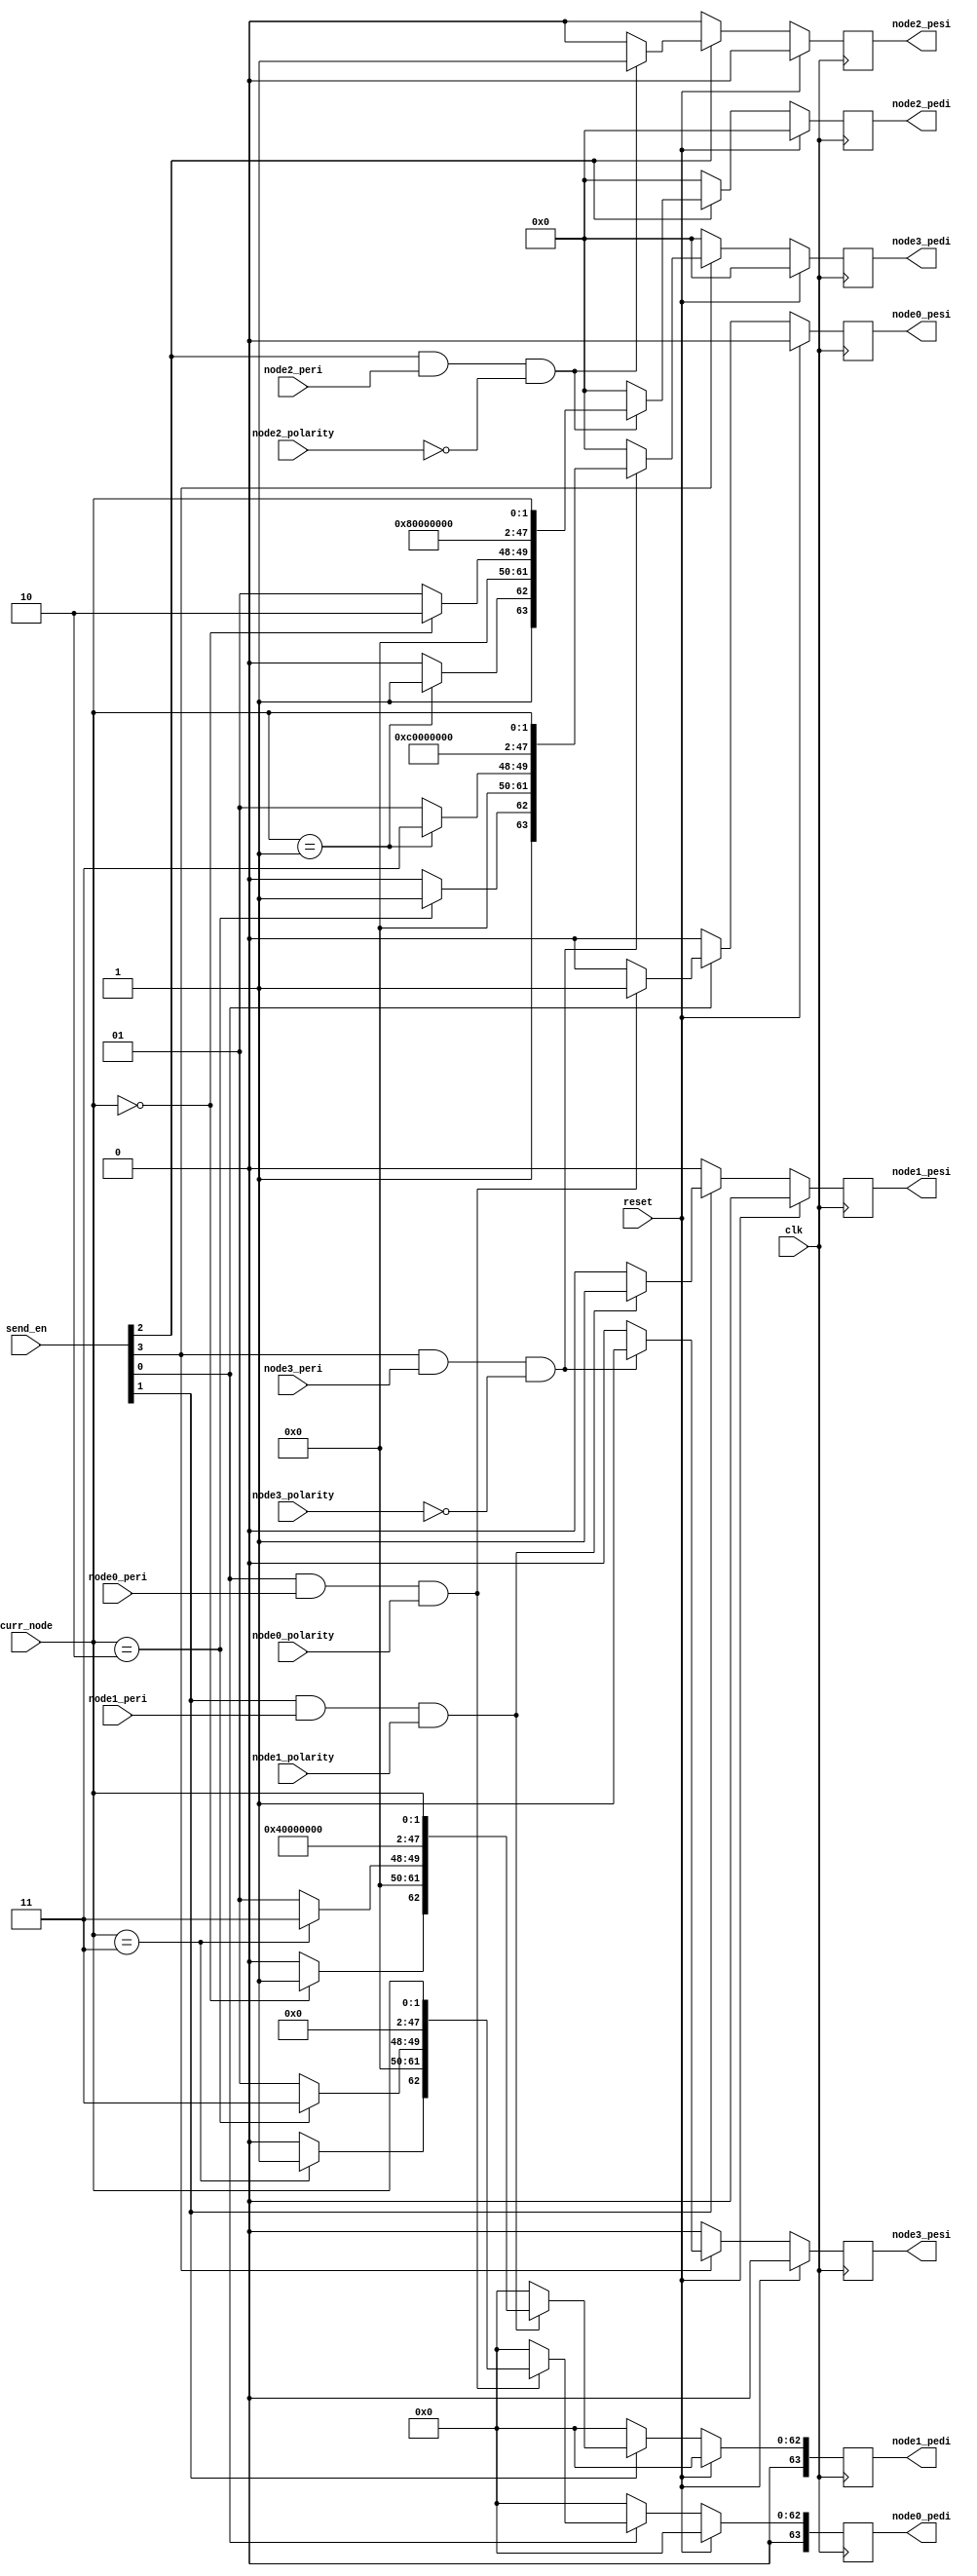
module SEND_PKT(
    input   [3:0]                   send_en,
    input                           clk,
    input                           reset,
    input   [1:0]                   curr_node,

    output reg                      node0_pesi,
    output reg  [63:0]              node0_pedi,
    input                           node0_peri,
    input                           node0_polarity,

    output reg                      node1_pesi,
    output reg  [63:0]              node1_pedi,
    input                           node1_peri,
    input                           node1_polarity,

    output reg                      node2_pesi,
    output reg  [63:0]              node2_pedi,
    input                           node2_peri,
    input                           node2_polarity,

    output reg                      node3_pesi,
    output reg  [63:0]              node3_pedi,
    input                           node3_peri,
    input                           node3_polarity);

    wire                            vc_0;
    wire                            dir_0;
    wire[1:0]                       hop_0;
    wire[15:0]                      src_0;
    wire[1:0]                       dst_0;

    //node0
    assign vc_0  = 1'b0;
    assign dir_0 = (curr_node == 2'b11) ? 1'b1:1'b0;
    assign hop_0 = (curr_node == 2'b10) ? 2'b11:2'b01;
    assign src_0 = 16'b0;
    assign dst_0 = curr_node;

    always@(posedge clk) begin
        if(reset) begin
            node0_pesi <= 1'b0;
            node0_pedi <= 64'b0;
        end
        else if(~send_en[0]) begin
            node0_pesi <= 1'b0;
            node0_pedi <= 64'b0;
        end
        else if(send_en[0] && node0_peri && (node0_polarity != vc_0)) begin
            node0_pesi <= 1'b1;
            node0_pedi <= {vc_0, dir_0, 12'b0, hop_0, src_0, 30'b0, dst_0};
        end
        else begin
            node0_pesi <= 1'b0;
            node0_pedi <= 64'b0;           
        end
    end

    //node1
    wire                            vc_1;
    wire                            dir_1;
    wire[1:0]                       hop_1;
    wire[15:0]                      src_1;
    wire[1:0]                       dst_1;

    assign vc_1  = 1'b0;
    assign dir_1 = (curr_node == 2'b00) ? 1'b1:1'b0;
    assign hop_1 = (curr_node == 2'b11) ? 2'b11:2'b01;
    assign src_1 = 16'b1;
    assign dst_1 = curr_node;

    always@(posedge clk) begin
        if(reset) begin
            node1_pesi <= 1'b0;
            node1_pedi <= 64'b0;
        end
        else if(~send_en[1]) begin
            node1_pesi <= 1'b0;
            node1_pedi <= 64'b0;
        end
        else if(send_en[1] && node1_peri && (node1_polarity != vc_1)) begin
            node1_pesi <= 1'b1;
            node1_pedi <= {vc_1, dir_1, 12'b0, hop_1, src_1, 30'b0, dst_1};
        end
        else begin
            node1_pesi <= 1'b0;
            node1_pedi <= 64'b0;           
        end
    end

    //node2
    wire                            vc_2;
    wire                            dir_2;
    wire[1:0]                       hop_2;
    wire[15:0]                      src_2;
    wire[1:0]                       dst_2;

    assign vc_2  = 1'b1;
    assign dir_2 = (curr_node == 2'b01) ? 1'b1:1'b0;
    assign hop_2 = (curr_node == 2'b00) ? 2'b10:2'b01;
    assign src_2 = 16'b10;
    assign dst_2 = curr_node;

    always@(posedge clk) begin
        if(reset) begin
            node2_pesi <= 1'b0;
            node2_pedi <= 64'b0;
        end
        else if(~send_en[2]) begin
            node2_pesi <= 1'b0;
            node2_pedi <= 64'b0;
        end
        else if(send_en[2] && node2_peri && (node2_polarity != vc_2)) begin
            node2_pesi <= 1'b1;
            node2_pedi <= {vc_2, dir_2, 12'b0, hop_2, src_2, 30'b0, dst_2};
        end
        else begin
            node2_pesi <= 1'b0;
            node2_pedi <= 64'b0;           
        end
    end

    //node3
    wire                            vc_3;
    wire                            dir_3;
    wire[1:0]                       hop_3;
    wire[15:0]                      src_3;
    wire[1:0]                       dst_3;

    assign vc_3  = 1'b1;
    assign dir_3 = (curr_node == 2'b10) ? 1'b1:1'b0;
    assign hop_3 = (curr_node == 2'b01) ? 2'b11:2'b01;
    assign src_3 = 16'b11;
    assign dst_3 = curr_node;

    always@(posedge clk) begin
        if(reset) begin
            node3_pesi <= 1'b0;
            node3_pedi <= 64'b0;
        end
        else if(~send_en[3]) begin
            node3_pesi <= 1'b0;
            node3_pedi <= 64'b0;
        end
        else if(send_en[3] && node3_peri && (node3_polarity != vc_3)) begin
            node3_pesi <= 1'b1;
            node3_pedi <= {vc_3, dir_3, 12'b0, hop_3, src_3, 30'b0, dst_3};
        end
        else begin
            node3_pesi <= 1'b0;
            node3_pedi <= 64'b0;           
        end
    end


endmodule